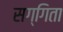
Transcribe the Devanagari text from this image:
सग्गिता